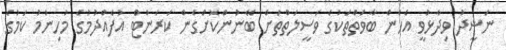
ނަޝީދު ވިދާޅުވީ އެހެން ބާވަތްތަކުގެ ވަސީލަތްތަށް ބޭނުންކޮށްގެން ކަރަންޓް އުފެއްދުމުގެ މުހިންމު ކަމުގެ